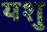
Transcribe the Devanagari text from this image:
यशु